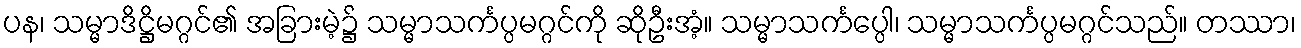
ပန၊ သမ္မာဒိဋ္ဌိမဂ္ဂင်၏ အခြားမဲ့၌ သမ္မာသင်္ကပ္ပမဂ္ဂင်ကို ဆိုဦးအံ့။ သမ္မာသင်္ကပ္ပေါ၊ သမ္မာသင်္ကပ္ပမဂ္ဂင်သည်။ တဿာ၊